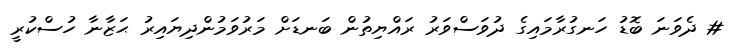
# ދެވަނަ ބޮޑު ހަނގުރާމައިގެ ދުވަސްވަރު ރައްޔިތުން ބަނޑަށް މަރުވަމުންދިޔައިރު ޙަޒާނާ ހުސްކުރީ